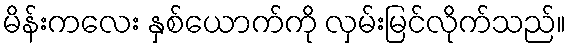
မိန်းကလေး နှစ်ယောက်ကို လှမ်းမြင်လိုက်သည်။